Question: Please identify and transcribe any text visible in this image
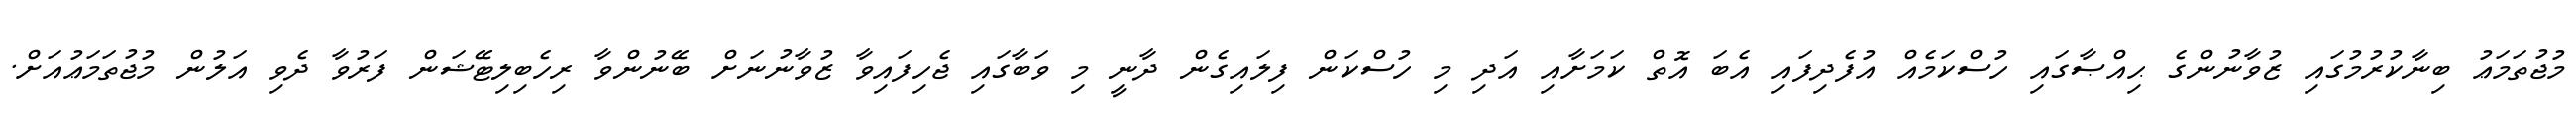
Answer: މުޖުތަމަޢު ބިނާކުރުމުގައި ޒުވާނުންގެ ޙިއްޞާގައި ހުސްކަމެއް އުފެދިފައި އެބަ އޮތް ކަމަށާއި އަދި މި ހުސްކަން ފިލައިގެން ދާނީ މި ވަބާގައި ޖެހިފައިވާ ޒުވާނުނަށް ބޭނުންވާ ރިހެބިލިޓޭޝަން ފަރުވާ ދެވި އަލުން މުޖުތަމަޢުއަށް.